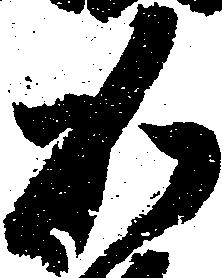
加